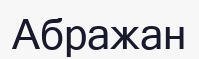
Абражан